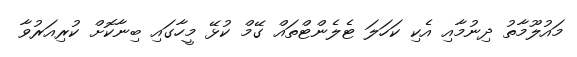
މައުލޫމާތު ދިނުމާއި އެކި ކަހަލަ ޓެލެންޓްތައް ގޭމް ކުޅޭ މީހާގައި ބިނާކޮށް ކުރިއަރުވާ